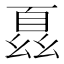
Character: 𫷢